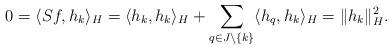
LaTeX: \begin{align*}0=\langle Sf,h_k\rangle_H=\langle h_k,h_k\rangle_H+\sum_{q\in J\setminus\{k\}}\langle h_q,h_k\rangle_H=\|h_k\|_H^2.\end{align*}